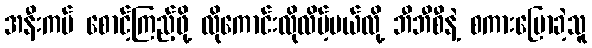
အနီးကပ် စောင့်ကြည့်ဖို့ လိုကောင်းလိုလိမ့်မယ်လို့ ဘီဘီစီနဲ့ စကားပြောခဲ့သူ